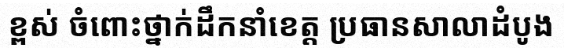
ខ្ពស់ ចំពោះថ្នាក់ដឹកនាំខេត្ត ប្រធានសាលាដំបូង